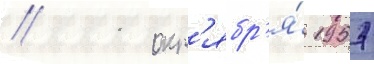
// 11 окт'ябр'я́ 1957